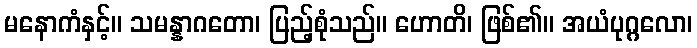
မနောကံနှင့်။ သမန္နာဂတော၊ ပြည့်စုံသည်။ ဟောတိ၊ ဖြစ်၏။ အယံပုဂ္ဂလော၊